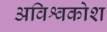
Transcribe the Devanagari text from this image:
अविश्वकोश